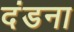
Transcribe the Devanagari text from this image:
दंडना